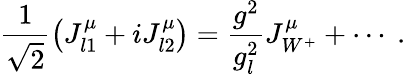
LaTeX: \frac{1}{\sqrt{2}}\left(J_{l1}^{\mu}+iJ_{l2}^{\mu}\right)=\frac{g^{2}}{g_{l}^{2}}J_{W^{+}}^{\mu}+\cdots\ .